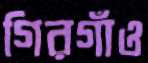
গিরগাঁও